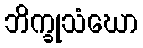
ဘိက္ခုသံဃော